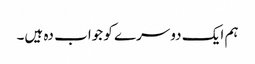
ہم ایک دوسرے کو جواب دہ ہیں۔